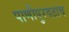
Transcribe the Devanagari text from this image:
पाणीपुरवठाच